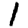
Digit: 1